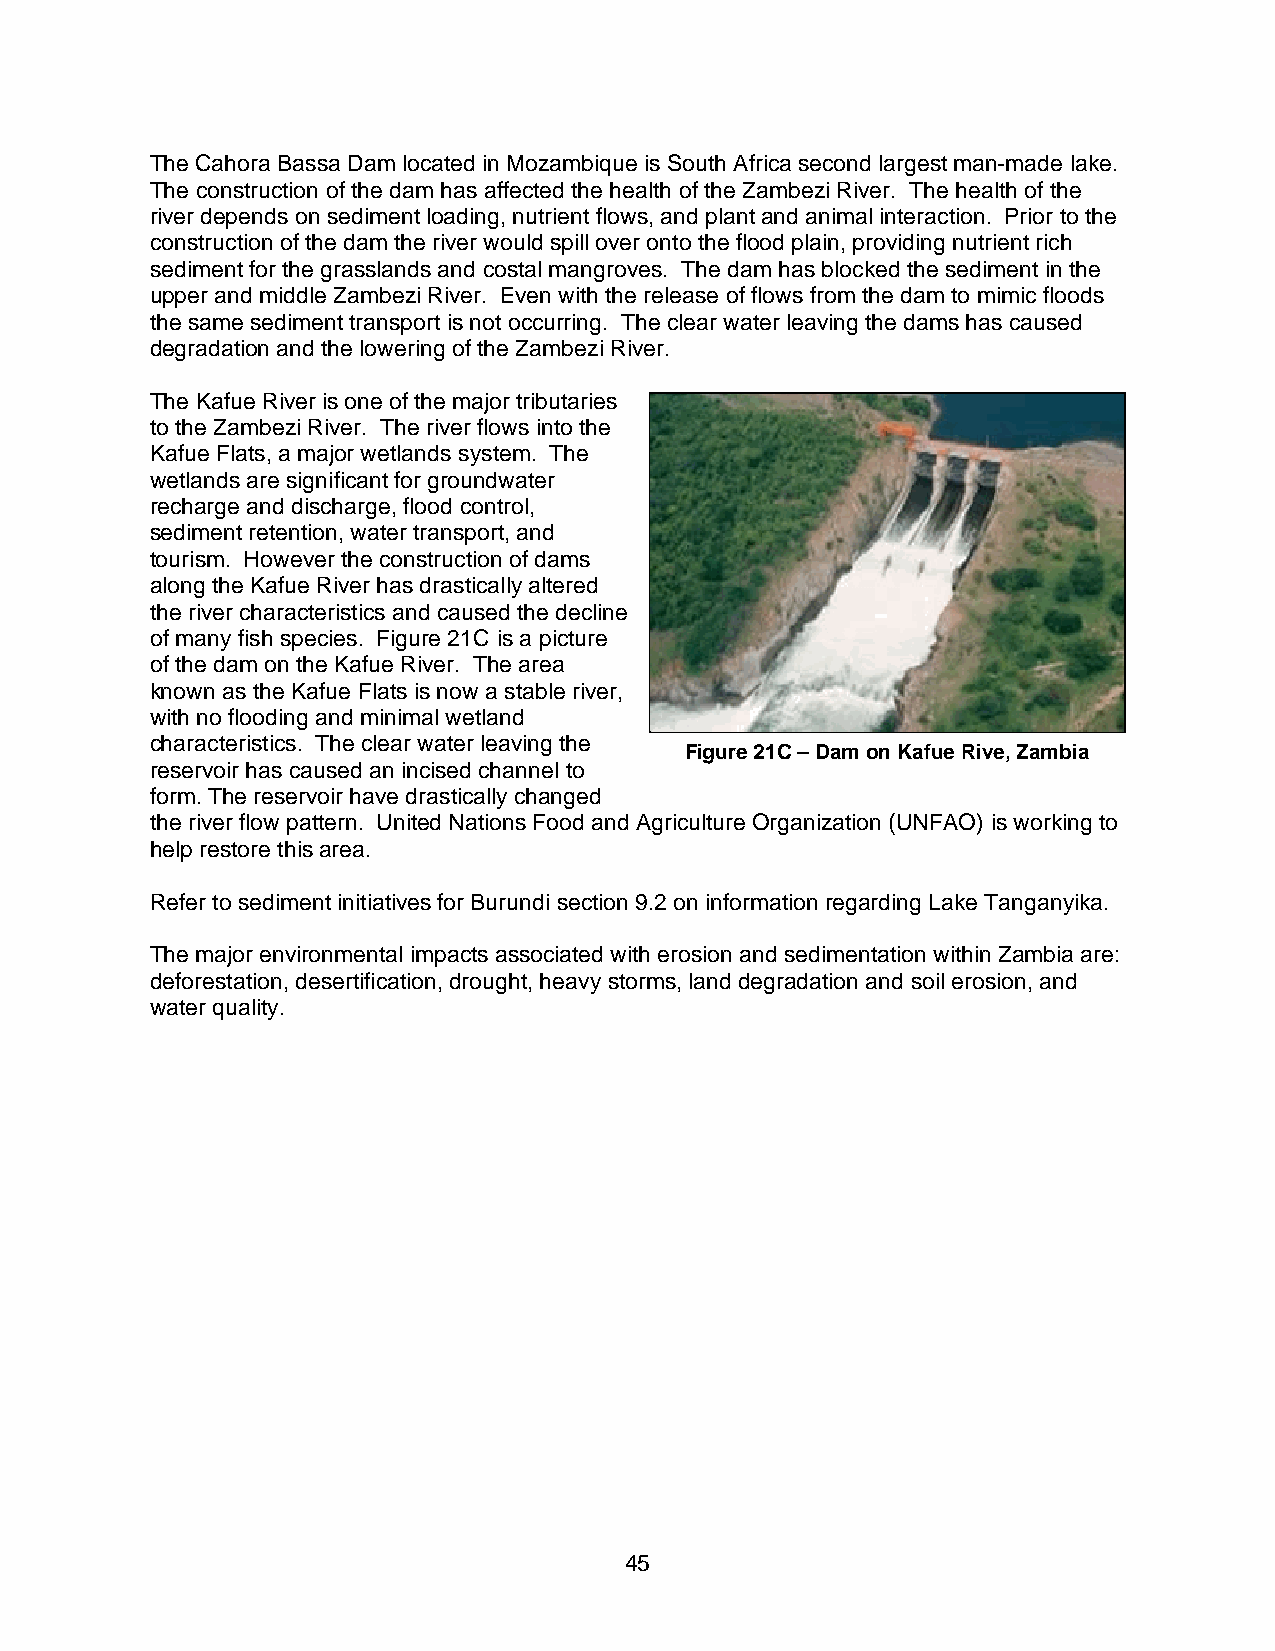
The Cahora Bassa Dam located in Mozambique is South Africa second largest man-made lake.
 The construction of the dam has affected the health of the Zambezi River. The health of the
 river depends on sediment loading, nutrient flows, and plant and animal interaction. Prior to the
 construction of the dam the river would spill over onto the flood plain, providing nutrient rich
 sediment for the grasslands and costal mangroves. The dam has blocked the sediment in the
 upper and middle Zambezi River. Even with the release of flows from the dam to mimic floods
 the same sediment transport is not occurring. The clear water leaving the dams has caused
 degradation and the lowering of the Zambezi River.
 The Kafue River is one of the major tributaries
 to the Zambezi River. The river flows into the
 Kafue Flats, a major wetlands system. The
 wetlands are significant for groundwater
 recharge and discharge, flood control,
 sediment retention, water transport, and
 tourism. However the construction of dams
 along the Kafue River has drastically altered
 the river characteristics and caused the decline
 of many fish species. Figure 21C is a picture
 of the dam on the Kafue River. The area
 known as the Kafue Flats is now a stable river,
 with no flooding and minimal wetland
 characteristics. The clear water leaving the
 Figure 21C – Dam on Kafue Rive, Zambia
 reservoir has caused an incised channel to
 form. The reservoir have drastically changed
 the river flow pattern. United Nations Food and Agriculture Organization (UNFAO) is working to
 help restore this area.
 Refer to sediment initiatives for Burundi section 9.2 on information regarding Lake Tanganyika.
 The major environmental impacts associated with erosion and sedimentation within Zambia are:
 deforestation, desertification, drought, heavy storms, land degradation and soil erosion, and
 water quality.
 45